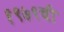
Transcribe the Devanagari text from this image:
१९७९ची